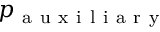
p _ { \mathrm { ~ a ~ u ~ x ~ i ~ l ~ i ~ a ~ r ~ y ~ } }